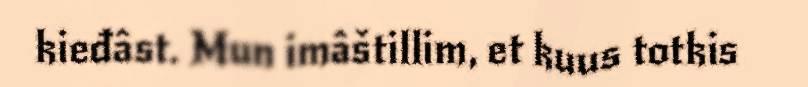
kieđâst. Mun imâštillim, et kuus totkis